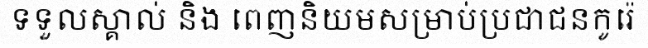
ទទួលស្គាល់ និង ពេញនិយមសម្រាប់ប្រជាជនកូរ៉េ